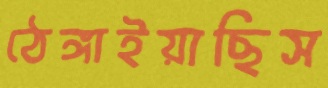
ঠেঙ্গাইয়াছিস